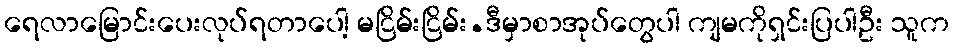
ရေလာမြောင်းပေးလုပ်ရတာပေါ့ မငြိမ်းငြိမ်း.ဒီမှာစာအုပ်တွေပါ ကျမကိုရှင်းပြပါဦး သူက